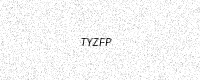
Text: TYZFP